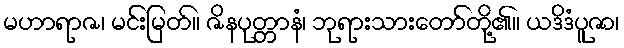
မဟာရာဇ၊ မင်းမြတ်။ ဇိနပုတ္တာနံ၊ ဘုရားသားတော်တို့၏။ ယဒိဒံပူဇာ၊